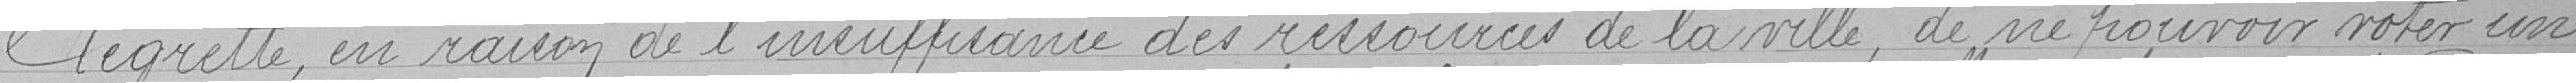
regrette, en raison de l'insuffisance des  ressources de la ville, de ne pouvoir voter une